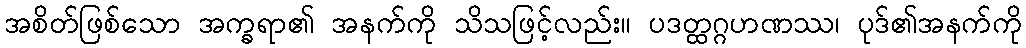
အစိတ်ဖြစ်သော အက္ခရာ၏ အနက်ကို သိသဖြင့်လည်း။ ပဒတ္ထဂ္ဂဟဏဿ၊ ပုဒ်၏အနက်ကို